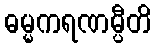
ဓမ္မကရဏမ္ပီတိ